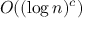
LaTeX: O ( ( \log n ) ^ { c } )